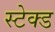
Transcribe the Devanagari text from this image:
स्टेक्ड